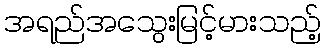
အရည်အသွေးမြင့်မားသည့်